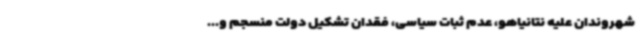
شهروندان علیه نتانیاهو، عدم ثبات سیاسی، فقدان تشکیل دولت منسجم و...